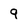
Character: 9